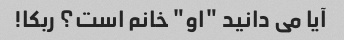
آیا می دانید "او" خانم است؟ ربکا!